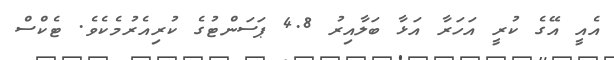
އެއީ އޭގެ ކުރީ އަހަރާ އަޅާ ބަލާއިރު 4.8 ޕަސަންޓުގެ ކުރިއެރުމެކެވެ. ޓެކްސް